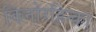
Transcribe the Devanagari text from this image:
किनोरहिन्का